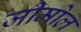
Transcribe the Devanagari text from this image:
जीमोल